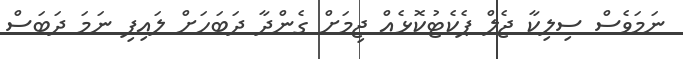
ނަމަވެސް ސިލިކާ ޖެލް ޕެކެޓުކޮޅެއް ޖިމަށް ގެންދާ ދަބަހަށް ލައިފި ނަމަ ދަބަސް